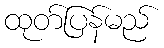
ထုတ်ပြန်မည်